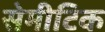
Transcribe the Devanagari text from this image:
सेमीटिक